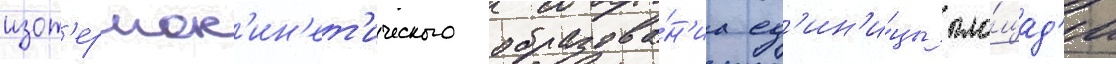
изот'ермок'ин'ет'ического образова́н'иа ед'ин'и́цы пло́щад'и